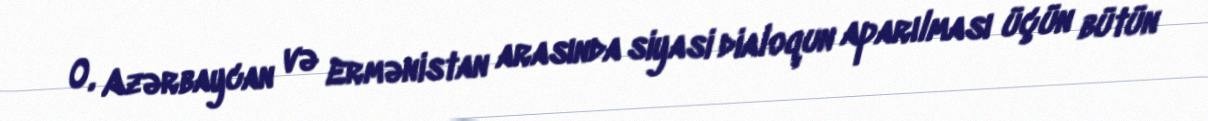
O, Azərbaycan və Ermənistan arasında siyasi dialoqun aparılması üçün bütün